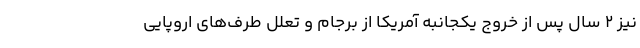
نیز ۲ سال پس از خروج یکجانبه آمریکا از برجام و تعلل طرف‌های اروپایی